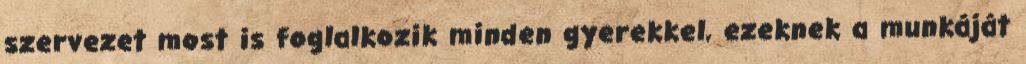
szervezet most is foglalkozik minden gyerekkel, ezeknek a munkáját